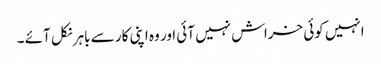
انہیں کوئی خراش نہیں آئی اور وہ اپنی کار سے باہر نکل آئے ۔